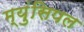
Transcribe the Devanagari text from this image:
म्युंसिपल